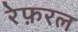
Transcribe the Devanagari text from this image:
रेफ़रल